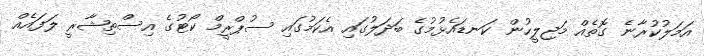
އަމަލުކުރާނެ ގޮތެއް މަޖިލީހުން ކަނޑައެޅުމުގެ ބަދަލުގައި އެކަމުގައި ސުޕްރީމް ކޯޓުގެ އިސްތިޝާރީ ލަފައެއް